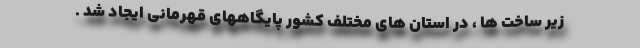
زیر ساخت ها ، در استان های مختلف کشور پایگاههای قهرمانی ایجاد شد .